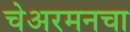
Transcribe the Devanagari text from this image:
चेअरमनचा